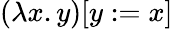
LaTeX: (\lambda x.y)[y:=x]